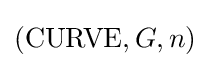
({\textrm {CURVE}},G,n)